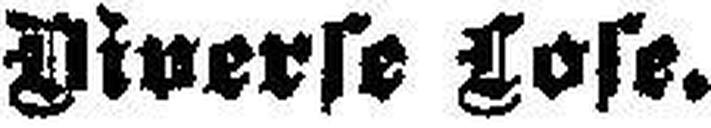
Diverse Lose.